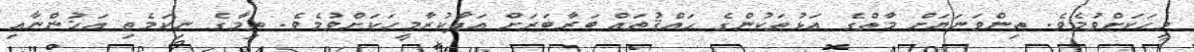
މީހަކަށްވުމެވެ. ތިންވަނަޔަށް މާތްގެ އަޅުތަކުންގެ ޙައްޤުތައް ބަރާބަރަށް އަދާކުރާމީހަކަށްވުމެވެ. ތިމާގެ ނިކަމެތި އަޚުންނާއި